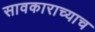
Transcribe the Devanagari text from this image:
सावकाराच्याच